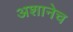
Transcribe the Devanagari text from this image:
अशानेच